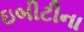
ઇબીટીના